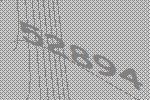
52894